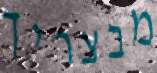
מבצריך